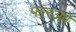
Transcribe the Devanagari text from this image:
फारअवे